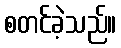
စတင်ခဲ့သည်။